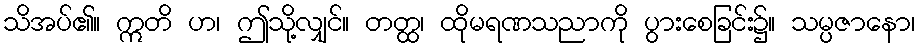
သိအပ်၏။ ဣတိ ဟ၊ ဤသို့လျှင်။ တတ္ထ၊ ထိုမရဏသညာကို ပွားစေခြင်း၌။ သမ္ပဇာနော၊